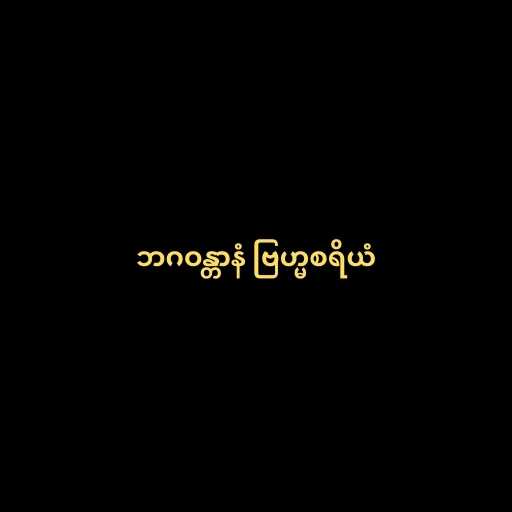
ဘဂဝန္တာနံ ဗြဟ္မစရိယံ